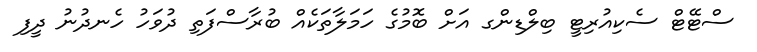
ސްޓޭޓް ސެކިއުރިޓީ ބިލްޑިންގ އަށް ބޮމުގެ ހަމަލާތަކެއް ބުރާސްފަތި ދުވަހު ހެނދުނު ދީފި